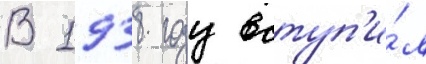
В 1938 году вступ'и́л